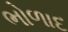
ભોળાદ